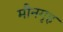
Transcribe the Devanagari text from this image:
मौनगृह